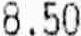
8.50